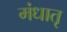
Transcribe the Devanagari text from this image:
मंधातृ